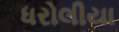
ધરોલીયા